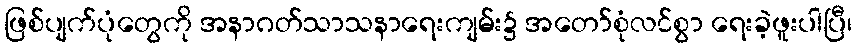
ဖြစ်ပျက်ပုံတွေကို အနာဂတ်သာသနာရေးကျမ်း၌ အတော်စုံလင်စွာ ရေးခဲ့ဖူးပါပြီ၊